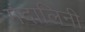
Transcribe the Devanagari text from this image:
मंदालिनी